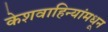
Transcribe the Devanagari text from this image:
केशवाहिन्यांमधून